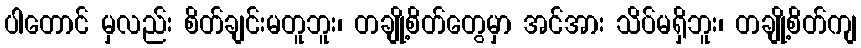
ပါတောင် မှလည်း စိတ်ချင်းမတူဘူး၊ တချို့စိတ်တွေမှာ အင်အား သိပ်မရှိဘူး၊ တချို့စိတ်ကျ